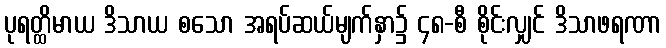
ပုရတ္ထိမာယ ဒိသာယ စသော အရပ်ဆယ်မျက်နှာ၌ ၄၈-စီ စိုင်းလျှင် ဒိသာဖရဏာ